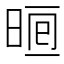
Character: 𣇥